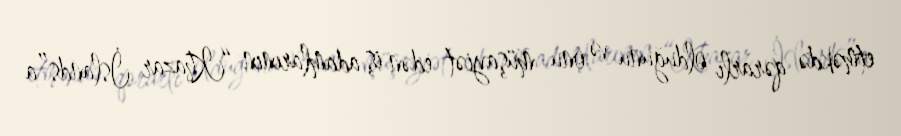
etməkdə qərarlı olduğunu və onu müşayiət edən iş adamlarının “Khazar İslands”a